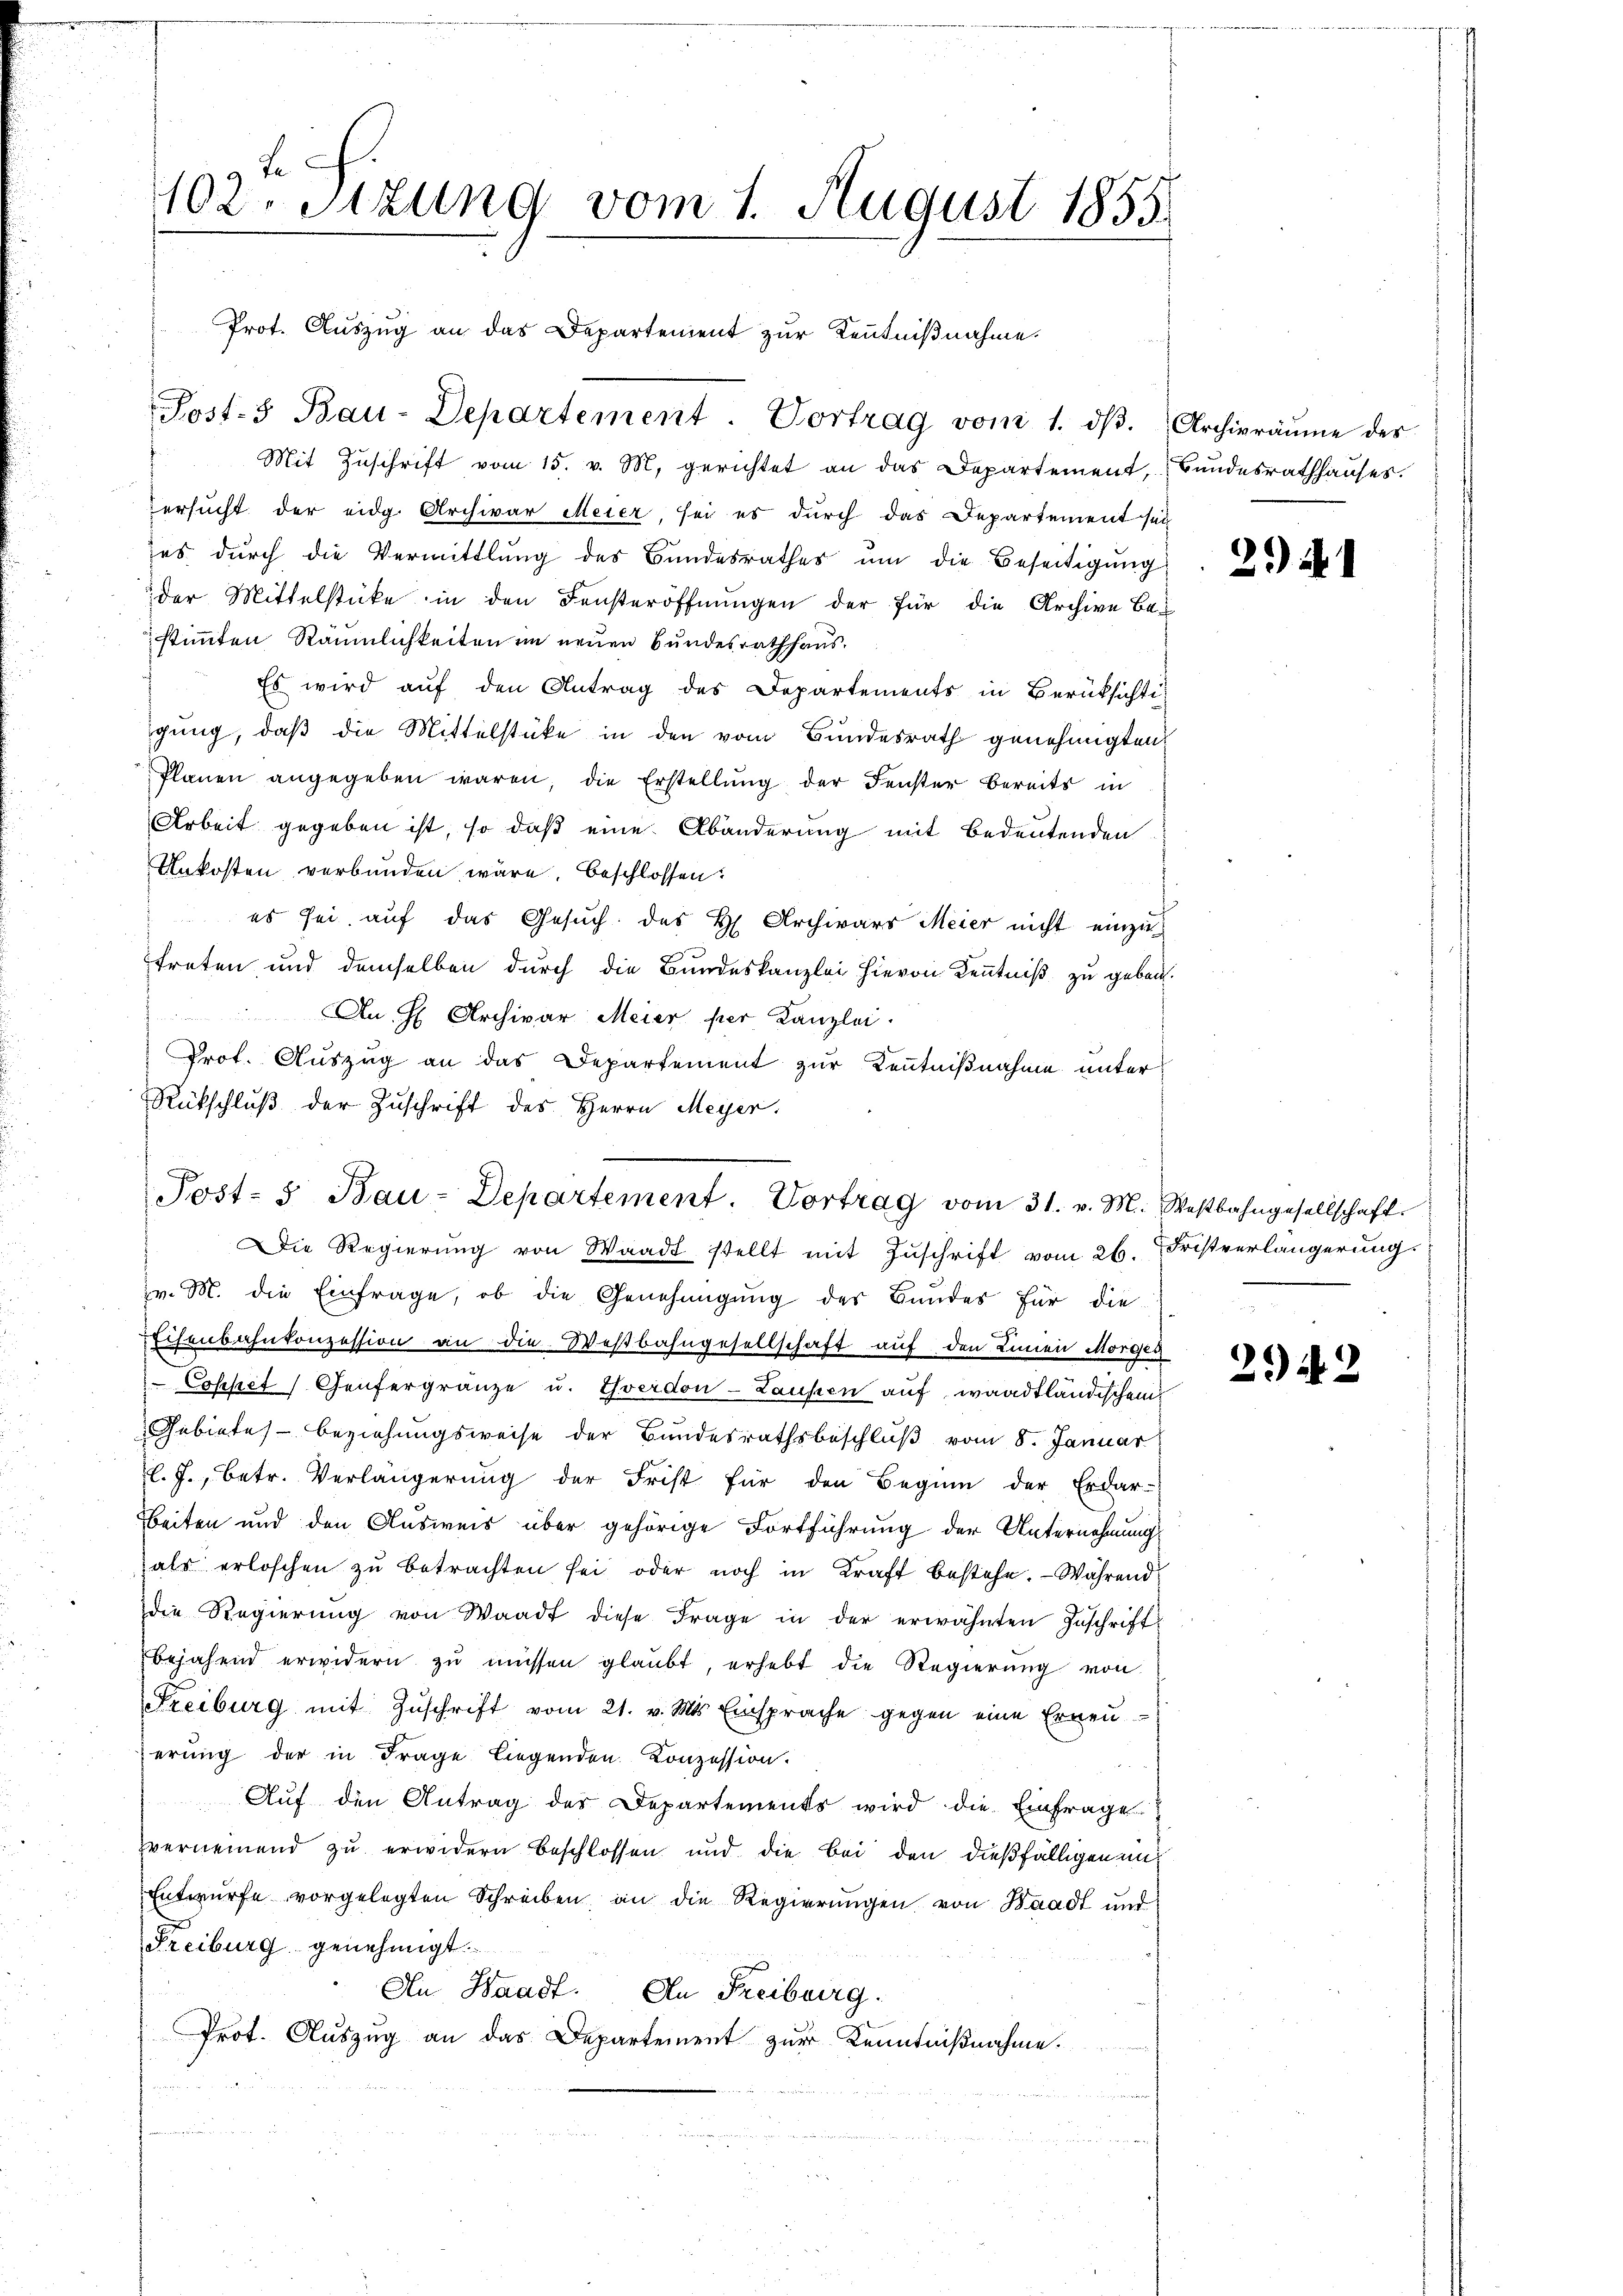
Post. Bau-Departement. Vortrag vom 1. dβ. Archivräŭme des
Mit Zuschrift vom 15. v. M. gerichtet an das Departement, Bundesrathhauses.

Le
102. Sitzung vom 1. August 1855
Prot. Auszug an das Departement zur Kenntnißnahme.

Versucht der eidg. Archivar Meier, sei es durch das Departement sei
es durch die Vermittlung des Bundesrathes ŭm die Beseitigŭng
der Mittelstücke in den Fensteröffnungen der für die Archive Be-
stimmten Räumlichkeiten im neuen Bundesrathhaus.
Es wird auf den Antrag des Departements in Berüksichti
gung, daß die Mittelstücke in den vom Bundesrath genehmigten
Planen angegeben waren, die Erstellŭng der Fenster bereits in
Arbeit gegeben ist, so daß eine Abänderung mit Bedeutenden
Unkosten verbunden wäre, beschlossen:
es sei auf das Gesuch des H. Archivars Meier nicht einzietreten und demselben durch die Bundeskanzlei hievon Kenntniß zu geben.
An H Archivar Meier per Kanzlei.
Prot. Auszug an das Departement zur Kenntnißnahme unter
Rückschlŭβ der Zuschrift des Herrn Meyer,

Post- 5. Bau-Departement. Vortrag vom 31. v. M. Westbahngesellschaft
 Die Regierung von Waadt stellt mit Zuschrift vom 26. Fristverlängerung

v. M. die Einfrage, ob die Genehmigung der Bundes für die
Eisenbahnkonzession an die Westbahngesellschaft auf den Innen Morgen
 Coppet Genfergränze u. Yverdon-Laufen auf waadtländischen
Gebiete - beziehungsweise der Bundesrathsbeschluß vom 8. Januar
l. J., betr. Verlängerung der Frist für den Beginn der Erdar-
Beiten und den Ausweis über gehörige Fortführung der Unternehmung
als erloschen zŭ betrachten sei oder noch in Kraft bestehe. - Während
die Regierung von Waadt diese Frage in der erwähnten Zuschriftbejahend erwidern zŭ müssen glaubt, erhebt die Regierung von
Freiburg mit Zŭschrift vom 21. v. Mts. Einsprache gegen eine Erneuerung der in Frage liegenden Konzession.
Auf den Antrag der Departements wird die Einfrage
zvernemend zu erwidern beschlossen und die bei den dießfälligen un¬
Entwurfe vorgelegten Schreiben an die Regierungen von Waadt und
Freiburg genehmigt.
An Waadt. An Freiburg.
Prot. Auszug an das Departement zur Kenntnißnahme.

29) S. 1

242